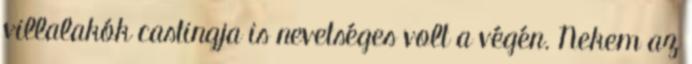
villalakók castingja is nevetséges volt a végén. Nekem az